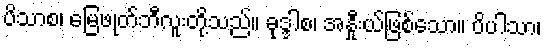
ပိသာစ၊ မြေဖုတ်ဘီလူးတို့သည်။ ခုဒ္ဒါစ၊ အနှီုးယ်ဖြစ်သော။ ပိပါသာ၊